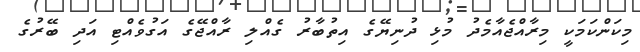
މިކަންކަމަކީ މިރާއްޖެއާމެދު މުޅި ދުނިޔޭގެ އިތުބާރު ގެއްލި ރާއްޖޭގެ އަގުވެއްޓި އަދި ބޭރުގެ